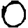
Digit: 0